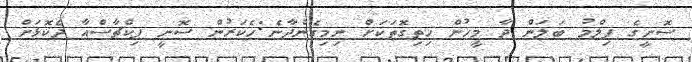
ސޮނީގެ ފިލްމު ބަލަން ދާ މީހުން ހިތިގޮތަކަށް ނިމިގެންދާނެ:ހެކަރުން ސޮނީ ޕިކްޗާސްއާ ދެކޮޅަށް